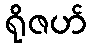
ရိုဇဟ်